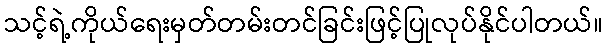
သင့်ရဲ့ကိုယ်ရေးမှတ်တမ်းတင်ခြင်းဖြင့်ပြုလုပ်နိုင်ပါတယ်။